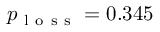
p _ { \mathrm { ~ l ~ o ~ s ~ s ~ } } = 0 . 3 4 5